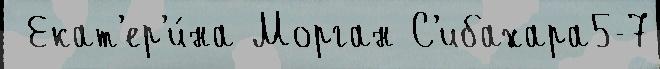
 Екат'ер'и́на Морган С'ибахара5-7